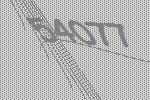
54077